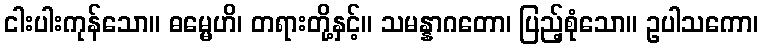
ငါးပါးကုန်သော။ ဓမ္မေဟိ၊ တရားတို့နှင့်။ သမန္နာဂတော၊ ပြည့်စုံသော။ ဥပါသကော၊